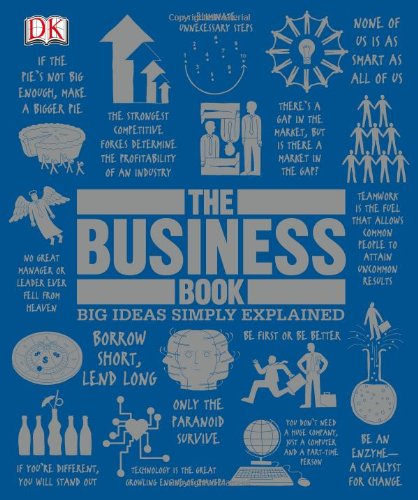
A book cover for The Business Book (Big Ideas Simply Explained); DK Publishing; Reference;